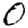
Digit: 0